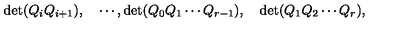
\quad \mathrm { d e t } ( Q _ { i } Q _ { i + 1 } ) , \quad \cdots , \mathrm { d e t } ( Q _ { 0 } Q _ { 1 } \cdots Q _ { r - 1 } ) , \quad \mathrm { d e t } ( Q _ { 1 } Q _ { 2 } \cdots Q _ { r } ) ,